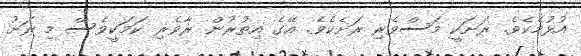
އުޅުމެކެވެ. ރަށަކީ މަސްވެރި ރަށެކެވެ. އޭގެ އިތުރުން ރާވެރި ކަމަކީވެސް މި ރަށު